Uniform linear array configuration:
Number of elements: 48
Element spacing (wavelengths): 0.5
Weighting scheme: exponential
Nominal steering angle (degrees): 60
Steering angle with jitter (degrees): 59.406
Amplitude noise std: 0.05
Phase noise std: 0.05

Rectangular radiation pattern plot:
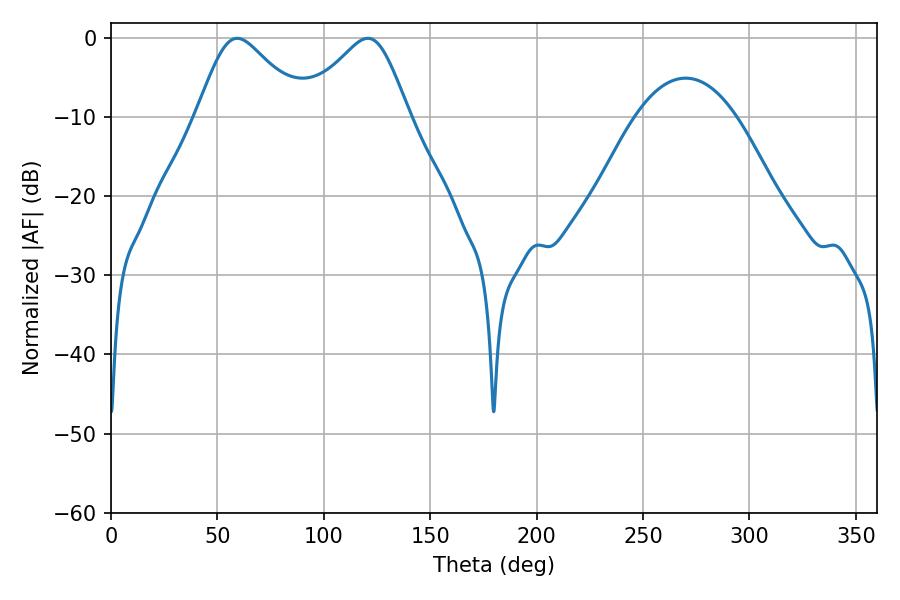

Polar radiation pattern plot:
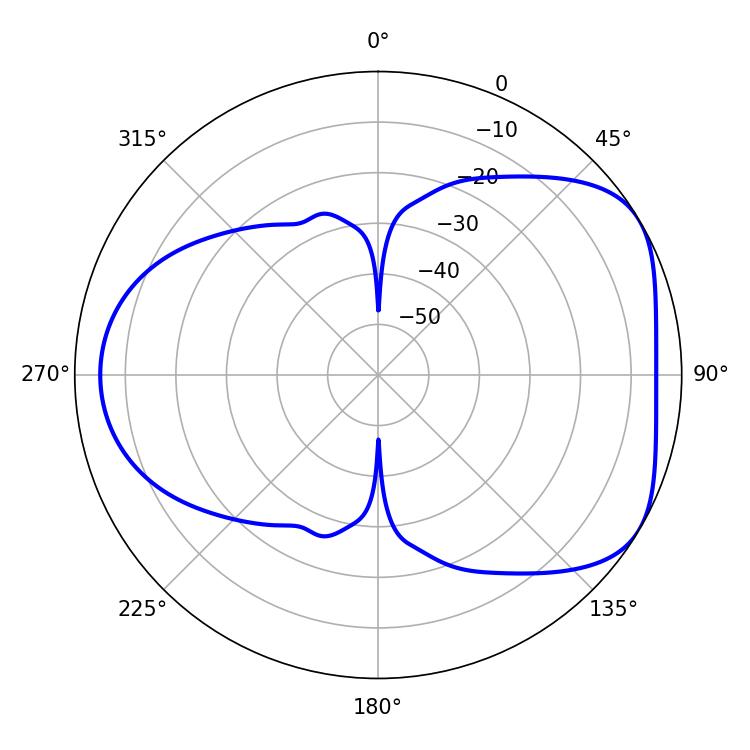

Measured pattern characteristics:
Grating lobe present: FALSE
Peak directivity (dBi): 4.788
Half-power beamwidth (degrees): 24.66
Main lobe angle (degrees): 59.22